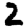
Digit: 2